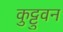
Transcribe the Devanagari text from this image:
कुट्टुवन